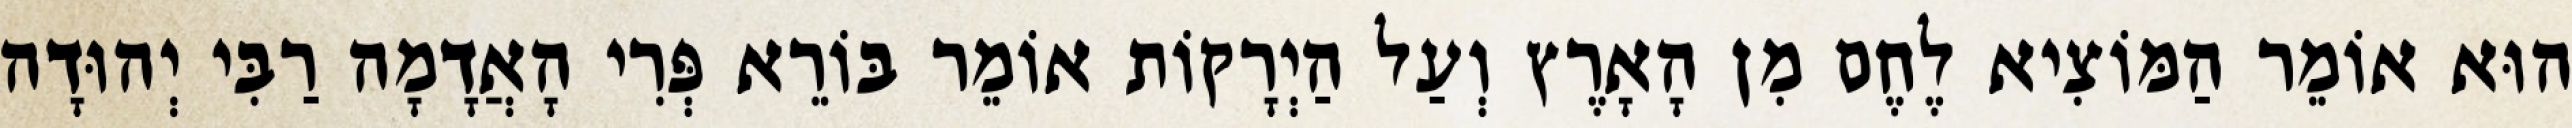
הוּא אוֹמֵר הַמּוֹצִיא לֶחֶם מִן הָאָרֶץ וְעַל הַיְרָקוֹת אוֹמֵר בּוֹרֵא פְּרִי הָאֲדָמָה רַבִּי יְהוּדָה